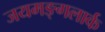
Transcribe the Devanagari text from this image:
जयमङ्गलार्क